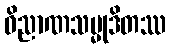
ဝိညာဏသမ္မုဒိတဿ